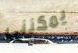
يمكنني